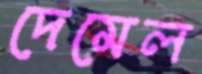
দেমেল